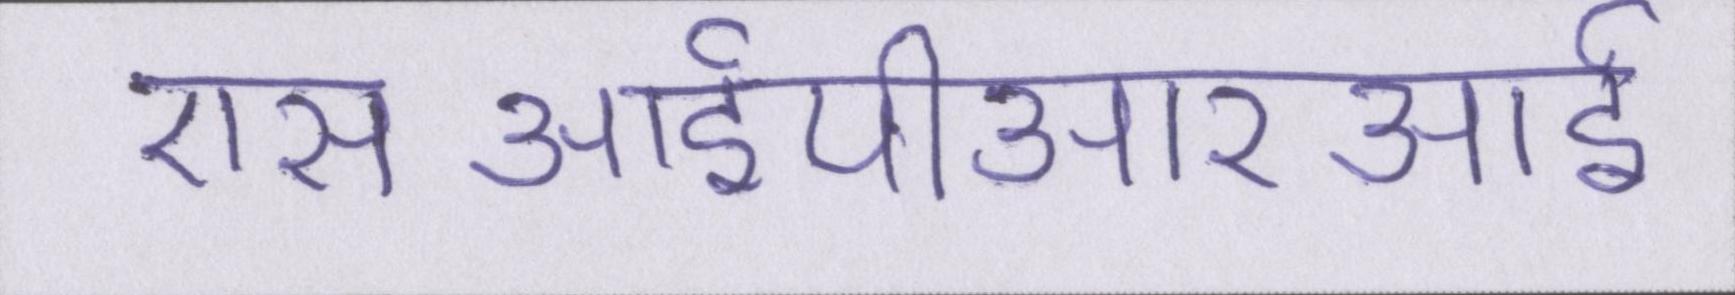
एसआईपीआरआई